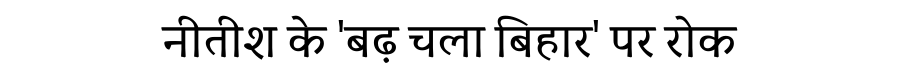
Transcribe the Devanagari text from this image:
नीतीश के 'बढ़ चला बिहार' पर रोक